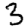
Digit: 3